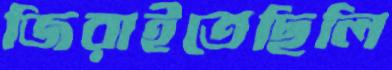
জিরাইতেছিলি